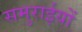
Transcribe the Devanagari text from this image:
समुराईयों